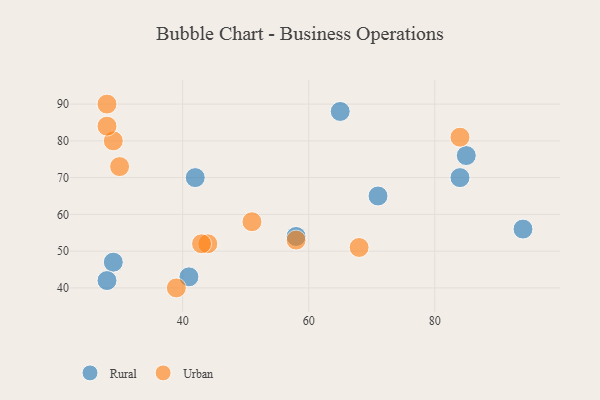
{"axis": {"x": "GDP", "y": "Life Expectancy"}, "legend": ["Rural", "Urban"], "data": [{"x": "94", "y": 56, "type": "Rural"}, {"x": "84", "y": 70, "type": "Rural"}, {"x": "41", "y": 43, "type": "Rural"}, {"x": "58", "y": 54, "type": "Rural"}, {"x": "71", "y": 65, "type": "Rural"}, {"x": "29", "y": 47, "type": "Rural"}, {"x": "28", "y": 42, "type": "Rural"}, {"x": "42", "y": 70, "type": "Rural"}, {"x": "65", "y": 88, "type": "Rural"}, {"x": "85", "y": 76, "type": "Rural"}, {"x": "29", "y": 80, "type": "Urban"}, {"x": "30", "y": 73, "type": "Urban"}, {"x": "39", "y": 40, "type": "Urban"}, {"x": "44", "y": 52, "type": "Urban"}, {"x": "28", "y": 90, "type": "Urban"}, {"x": "28", "y": 84, "type": "Urban"}, {"x": "68", "y": 51, "type": "Urban"}, {"x": "84", "y": 81, "type": "Urban"}, {"x": "43", "y": 52, "type": "Urban"}, {"x": "51", "y": 58, "type": "Urban"}, {"x": "58", "y": 53, "type": "Urban"}]}